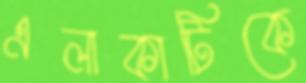
এলাকাটিকে